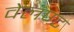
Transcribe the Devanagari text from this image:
वेलण्ट